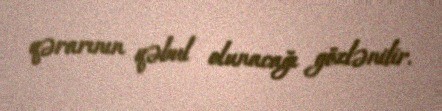
qərarının qəbul olunacağı gözlənilir.